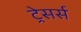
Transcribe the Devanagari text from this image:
ट्रेसर्स